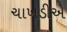
ચાખડીએ